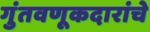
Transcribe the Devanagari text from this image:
गुंतवणूकदारांचे